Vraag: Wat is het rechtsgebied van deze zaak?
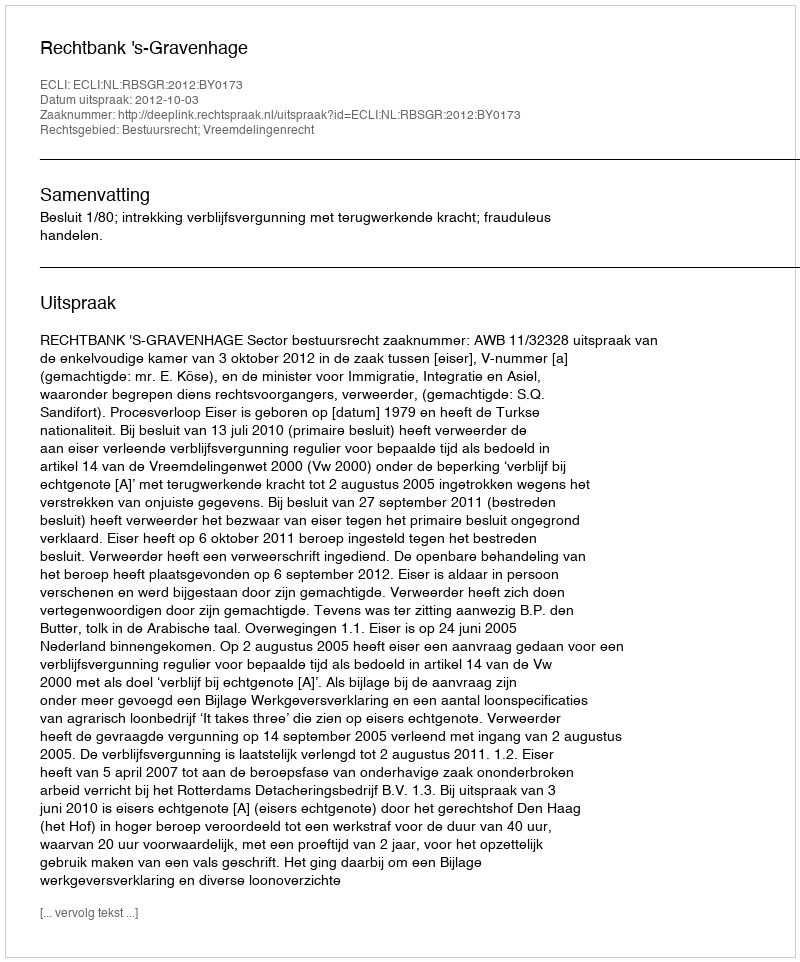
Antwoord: Bestuursrecht; Vreemdelingenrecht